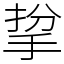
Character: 㧳